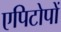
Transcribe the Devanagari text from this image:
एपिटोपों